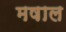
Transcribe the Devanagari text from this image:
मषाल